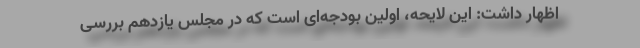
اظهار داشت: این لایحه، اولین بودجه‌ای است که در مجلس یازدهم بررسی